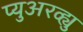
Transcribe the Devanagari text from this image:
प्युअरव्ह्यु